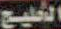
الخليج